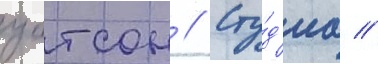
уотсон // Сту́д'иа //